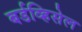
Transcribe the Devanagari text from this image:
बर्डव्हिसेल